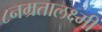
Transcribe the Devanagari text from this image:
८नम्रतालक्ष्मी